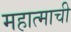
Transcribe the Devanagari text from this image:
महात्माची